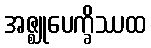
အဇ္ဈုပေက္ခိဿထ